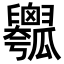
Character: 𤬢